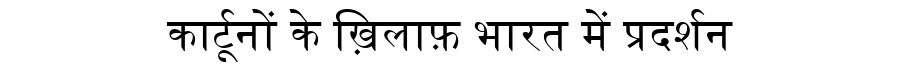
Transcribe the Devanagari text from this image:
कार्टूनों के ख़िलाफ़ भारत में प्रदर्शन